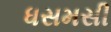
ધસમસી